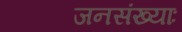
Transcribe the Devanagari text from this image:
जनसंख्याः